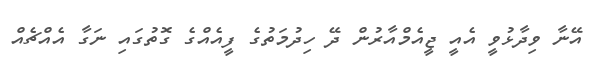
އޭނާ ވިދާޅުވީ އެއީ ޖީއެމްއާރުން ދޭ ހިދުމަތުގެ ފީއެއްގެ ގޮތުގައި ނަގާ އެއްޗެއް